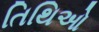
તિથિઓ